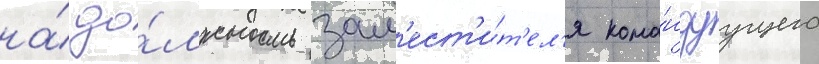
на́ до́лжность зам'ест'и́т'ел'я кома́ндуущего